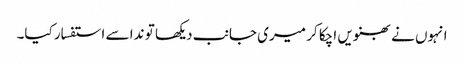
انہوں نے بھنویں اچکا کر میری جانب دیکھا تو ندا سے استفسار کیا۔